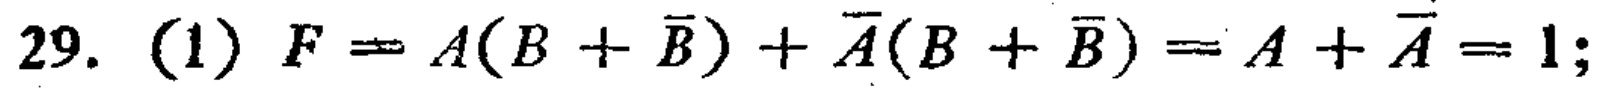
$29.\ (1)\ F = A(B + \overline{B}) + \overline{A}(B + \overline{B}) = A + \overline{A} = 1;$